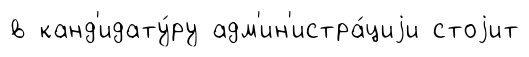
в канд'идату́ру адм'ин'истра́циjи стоjит